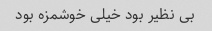
بی نظیر بود خیلی خوشمزه بود